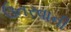
ઉતરવાની